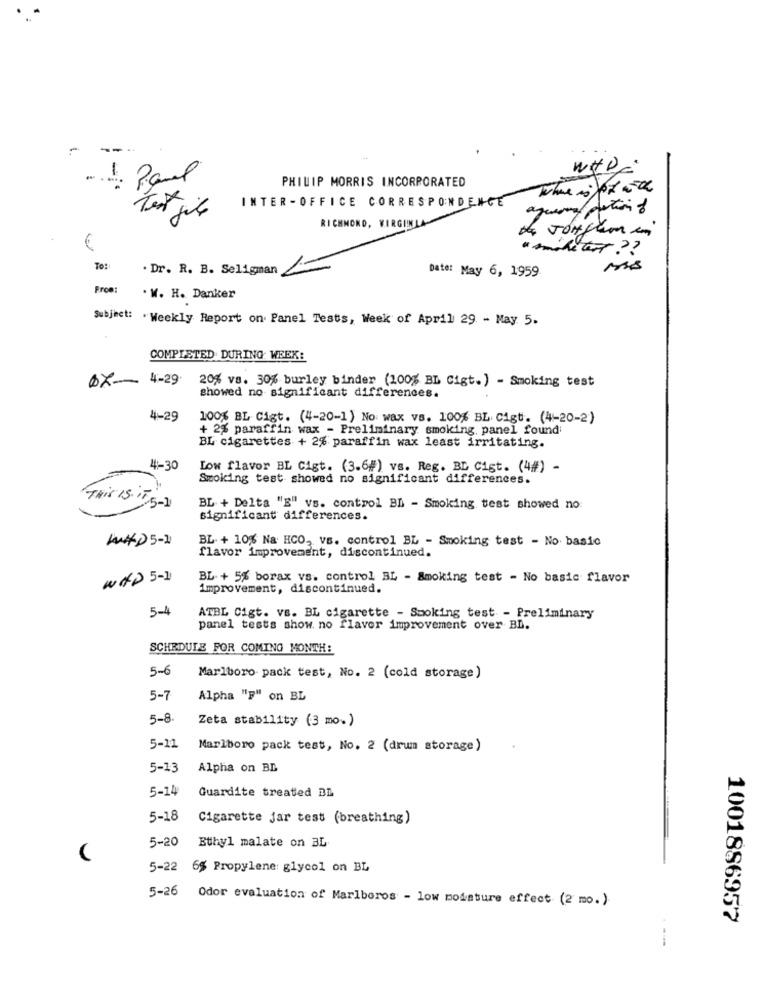
-
WHD
PHILIP MORRIS INCORPORATED
where is por ach
INTER - OFFICE CORRESPONDENCE
agamma/ portion of
RICHMOND, VIRGINIA
de Jongam in
€
To:
. Dr. R. B. Seligman
=
Date: May 6, 1959
MS
From:
. W. H. Danker
Subject: "Weekly Report on Panel Tests, Week of April 29 - May 5.
COMPLETED DURING: WEEK:
07-
4-29
20% vs. 30% burley binder (100% BL Cigt.) - Smoking test
Showed no significant differences.
4-29
100% BL Cigt. (4-20-1) No wax vs. 100% BL. Cigt. (4-20-2)
+ 2% paraffin wax - Preliminary smoking, panel found
BL cigarettes + 2% paraffin wax least irritating.
4-30
Low flavor BL Cigt. (3.6#) vs. Reg. BL Cist. (4#) -
Smoking test showed no significant differences.
THIS IS IT 5-1
BL + Delta "E" vs. control BL - Smoking test showed no:
significant differences.
WHD 5-11
BL. + 10% Na HCO, vs. control BL - Smoking test - No basic
flavor improvement, discontinued.
WAP 5-1
BL- + 5% borax vs. control BL - Smoking test - No basic flavor
improvement, discontinued.
5-4
ATBL Cigt. vs. BL cigarette - Smoking test - Preliminary
panel tests show no flavor improvement over BL.
SCHEDULE FOR COMING MONTH:
5-6
Marlboro pack test, No. 2 (cold storage)
5-7
Alpha "y" on BL
5-8.
Zeta stability (3 mo.)
5-11
Marlboro pack test, No. 2 (drum storage)
5-13
Alpha on BD
5-14
Guardite treated BL
5-18
Cigarette Jar test (breathing)
5-20 Bthyl malate on BL
5-22 65 Propylene glycol on BL
5-26 Odor evaluation of Marlboros - low moisture effect (2 mo.)
1001886957